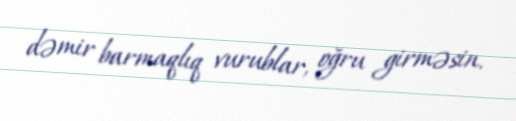
dəmir barmaqlıq vurublar, oğru girməsin.